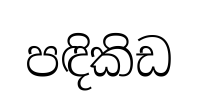
පඳිකිඩ